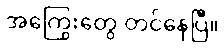
အကြွေးတွေ တင်နေပြီ။